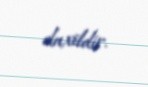
daxildir.